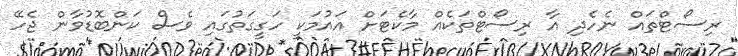
ރިސޯޓްތައް ނެހެދި އާ ރިސޯޓްތަކެއް މާކެޓަށް އައުމަކީ ހަގީގަތުގައި ވެސް ކަންބޮޑުވާން ޖެހޭ